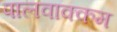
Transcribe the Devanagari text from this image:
पालवाक्कम